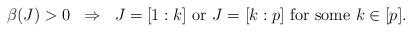
LaTeX: \begin{align*} \beta(J)>0 \;\; \Rightarrow \;\; J=[1:k] \mbox{ or } J=[k:p] \mbox{ for some } k \in [p]. \end{align*}